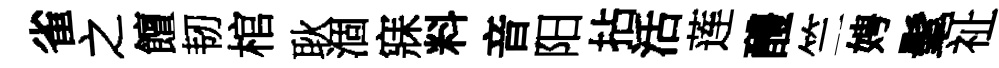
雀之饘韧棺耿涸寐料音阳拈活莲醴竺娉髦祉